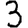
Digit: 3